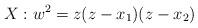
LaTeX: \begin{align*} X: w^2 = z(z-x_1)(z-x_2) \end{align*}